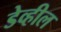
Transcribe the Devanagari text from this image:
डेव्हील